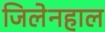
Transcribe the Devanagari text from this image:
जिलेनहाल